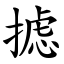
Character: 摅